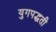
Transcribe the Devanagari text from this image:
युगपद्धती